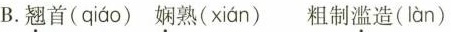
B.翘首( qiáo )娴熟( xián )粗制滥造( làn )